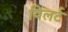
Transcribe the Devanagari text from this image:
विलर्ट